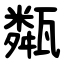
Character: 甐